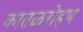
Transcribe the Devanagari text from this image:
कातळरोहण